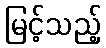
မြင့်သည့်